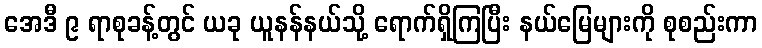
အေဒီ ၉ ရာစုခန့်တွင် ယခု ယူနန်နယ်သို့ ရောက်ရှိကြပြီး နယ်မြေများကို စုစည်းကာ